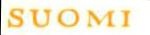
SUOMI